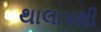
થાલાપથી